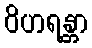
ဝိဟရန္တာ